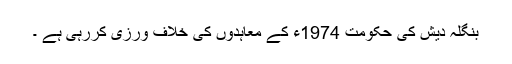
بنگلہ دیش کی حکومت 1974ء کے معاہدوں کی خلاف ورزی کررہی ہے ۔